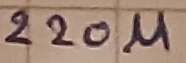
Text: 220µ